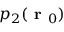
p _ { 2 } ( \textbf { r } _ { 0 } )